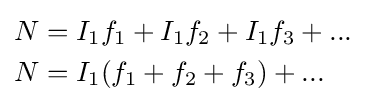
{\begin{aligned}N&=I_{\mathrm {1} }f_{\mathrm {1} }+I_{\mathrm {1} }f_{\mathrm {2} }+I_{\mathrm {1} }f_{\mathrm {3} }+...\\N&=I_{\mathrm {1} }(f_{\mathrm {1} }+f_{\mathrm {2} }+f_{\mathrm {3} })+...\\\end{aligned}}